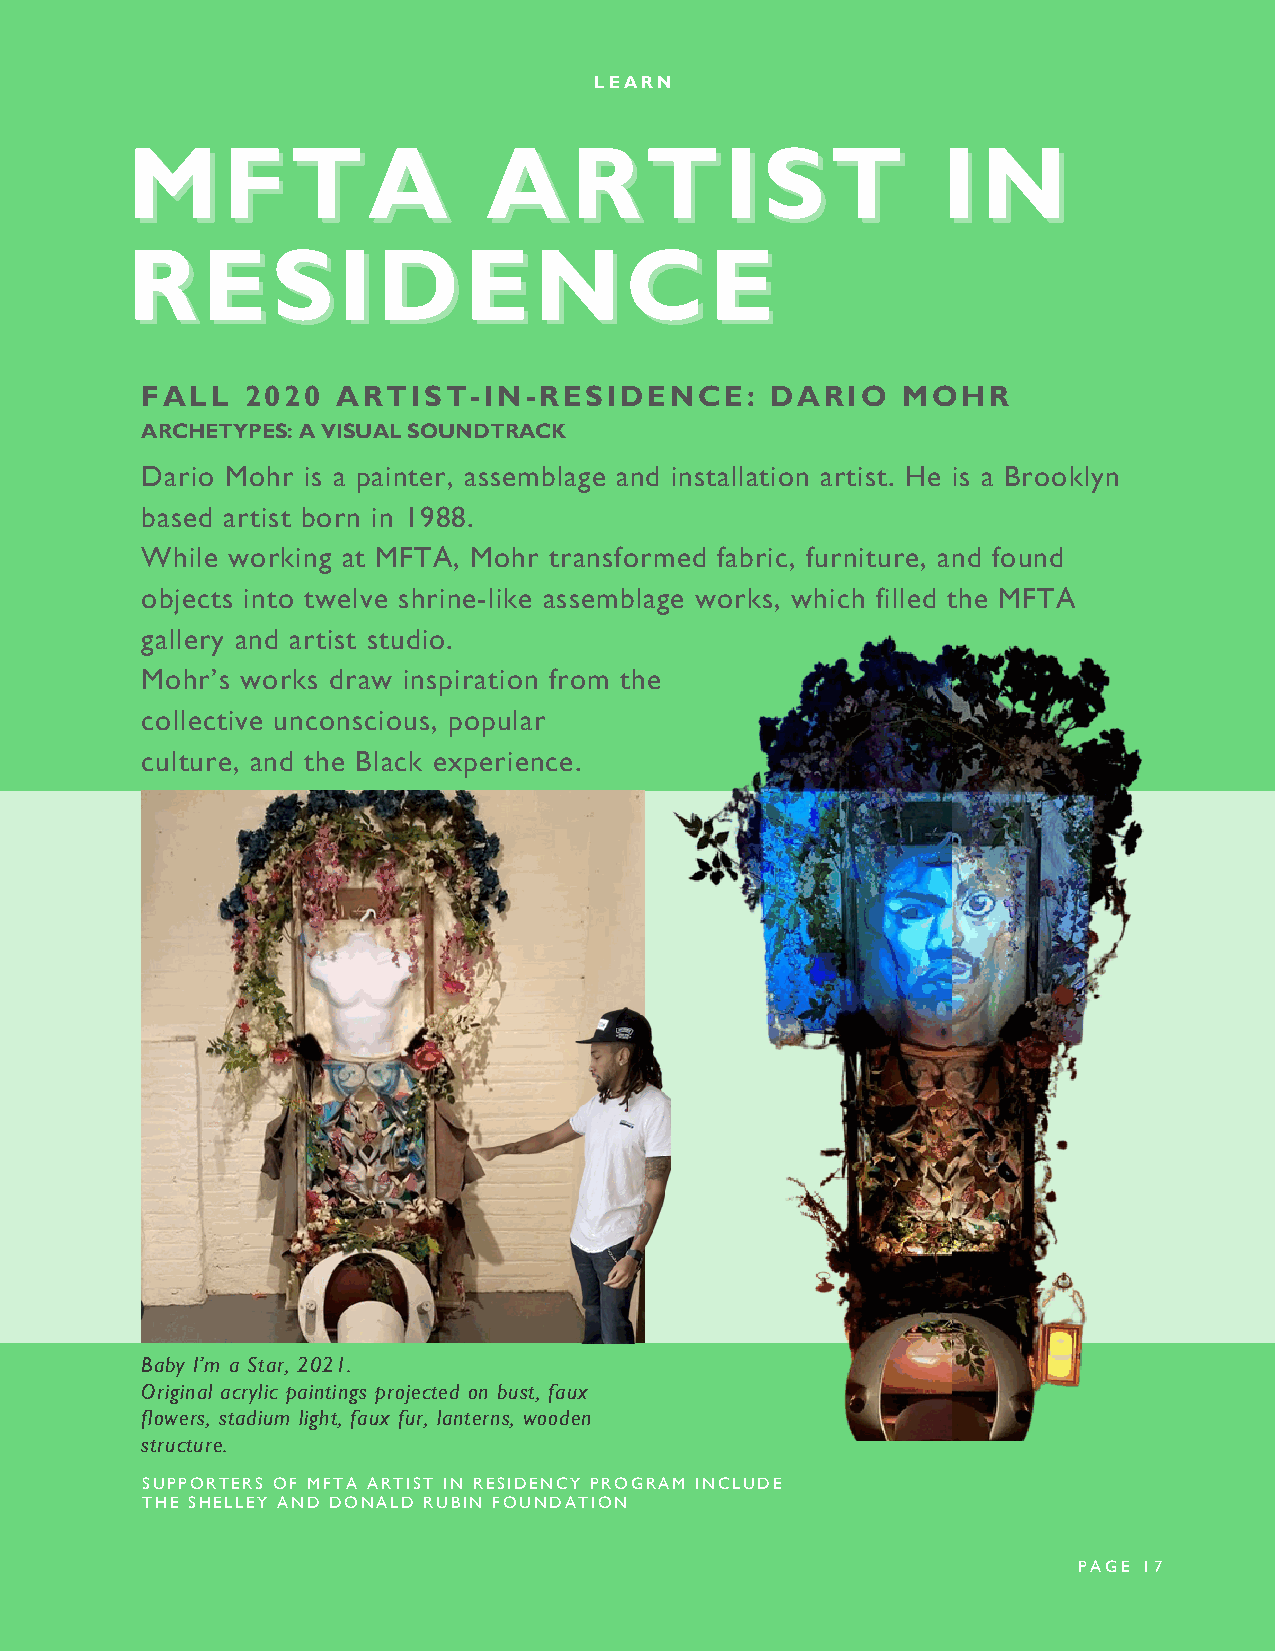
LEARN
 MMFFTTAA                AARRTTIISSTT                  IINN
 RREESSIIDDEENNCCEE
 FALL   2020  ARTIST-IN-RESIDENCE:         DARIO    MOHR
 ARCHETYPES: A VISUAL SOUNDTRACK
 Dario Mohr is a painter, assemblage and installation artist. He is a Brooklyn
 based artist born in 1988.
 While working at MFTA, Mohr transformed fabric, furniture, and found
 objects into twelve shrine-like assemblage works, which filled the MFTA
 gallery and artist studio.
 Mohr’s works draw inspiration from the
 collective unconscious, popular
 culture, and the Black experience.
 Baby I’m a Star, 2021.
 Original acrylic paintings projected on bust, faux
 flowers, stadium light, faux fur, lanterns, wooden
 structure.
 SUPPORTERS OF MFTA ARTIST IN RESIDENCY PROGRAM INCLUDE
 THE SHELLEY AND DONALD RUBIN FOUNDATION
 PAGE 17